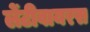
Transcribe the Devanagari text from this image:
लेंटीवायरस